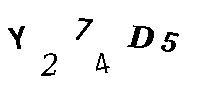
Y274AD5